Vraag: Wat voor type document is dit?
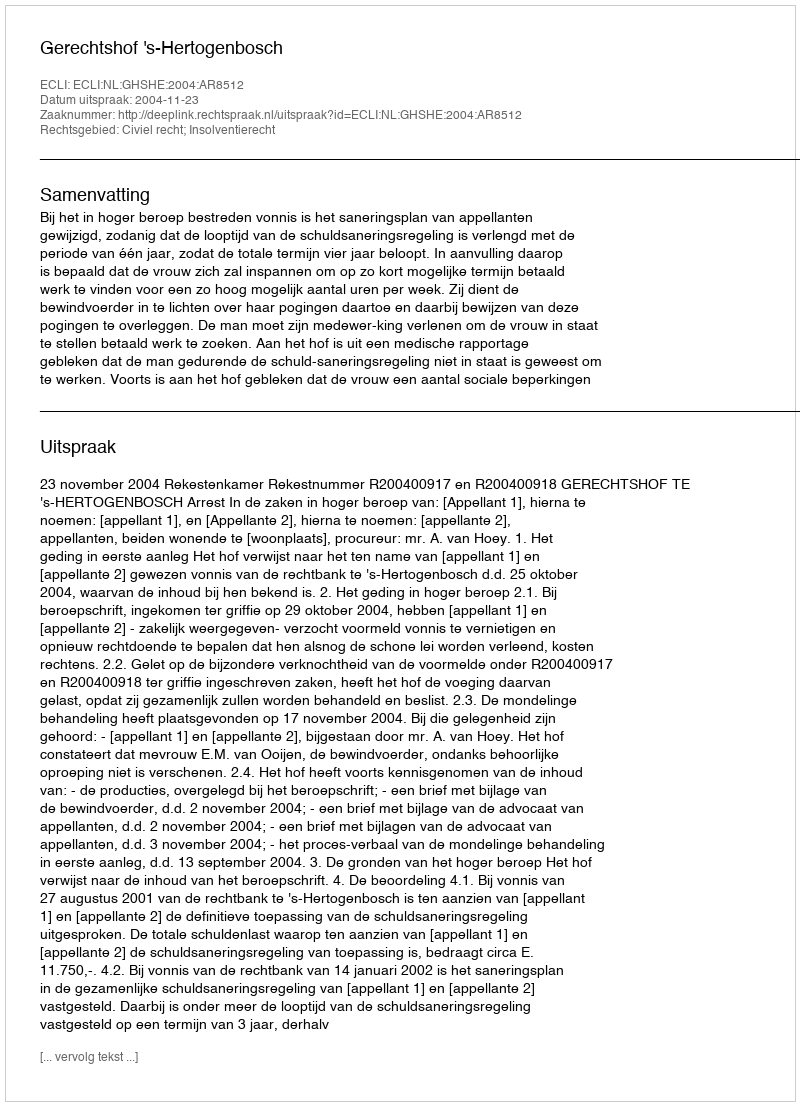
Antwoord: Uitspraak